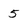
Character: 5